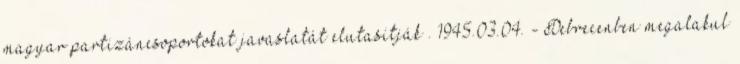
magyar partizáncsoportokat javaslatát elutasítják . 1945.03.04. - Debrecenben megalakul